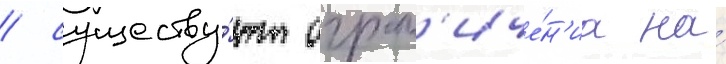
/ существу́ют огран'иче́н'иа на́